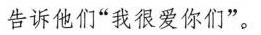
告诉他们”我很爱你们”。